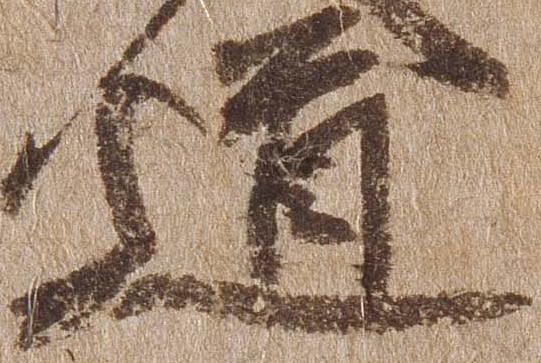
道